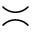
\asymp